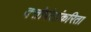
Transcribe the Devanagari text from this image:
दत्तोपंतांकरिता